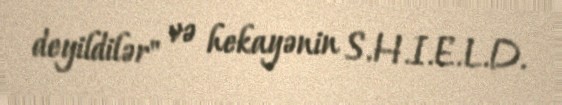
deyildilər" və hekayənin S.H.I.E.L.D.